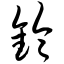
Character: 铃